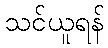
သင်ယူရန်